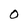
Character: 0